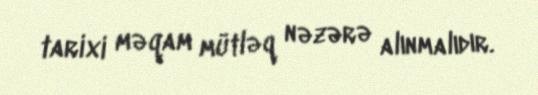
tarixi məqam mütləq nəzərə alınmalıdır.